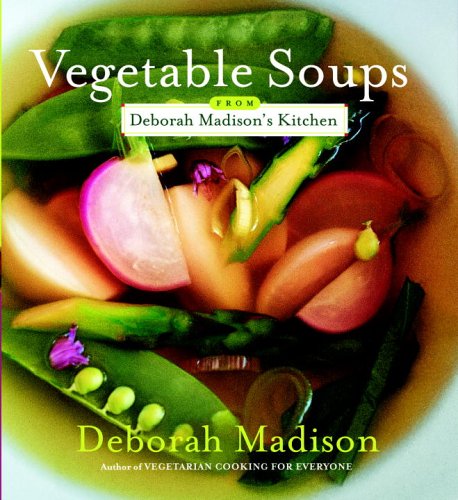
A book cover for Vegetable Soups from Deborah Madison's Kitchen; Deborah Madison; Cookbooks, Food & Wine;